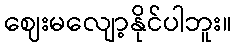
ဈေးမလျော့နိုင်ပါဘူး။